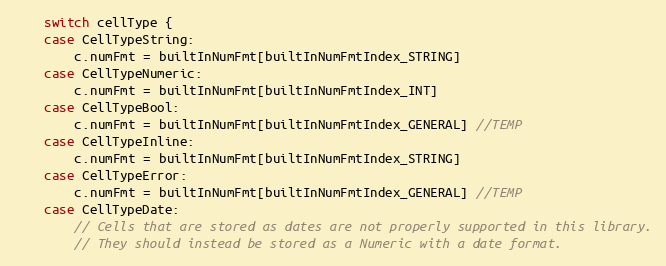
Language: Go
	switch cellType {
	case CellTypeString:
		c.numFmt = builtInNumFmt[builtInNumFmtIndex_STRING]
	case CellTypeNumeric:
		c.numFmt = builtInNumFmt[builtInNumFmtIndex_INT]
	case CellTypeBool:
		c.numFmt = builtInNumFmt[builtInNumFmtIndex_GENERAL] //TEMP
	case CellTypeInline:
		c.numFmt = builtInNumFmt[builtInNumFmtIndex_STRING]
	case CellTypeError:
		c.numFmt = builtInNumFmt[builtInNumFmtIndex_GENERAL] //TEMP
	case CellTypeDate:
		// Cells that are stored as dates are not properly supported in this library.
		// They should instead be stored as a Numeric with a date format.